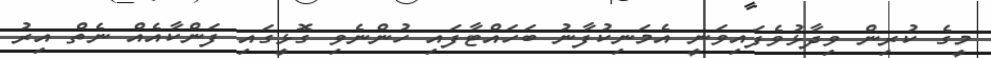
މީގެ ކުރިން ވިދާޅުވެފައިވަނީ އެމަނިކުފާނު ބަހައްޓާފައި ހުންނެވި ގޮޅީގައި ފަންކާއެއް ނެތް އިރު